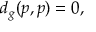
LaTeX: d _ { g } ( p , p ) = 0 ,